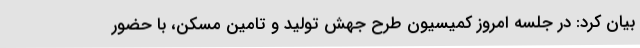
بیان کرد: در جلسه امروز کمیسیون طرح جهش تولید و تامین مسکن، با حضور